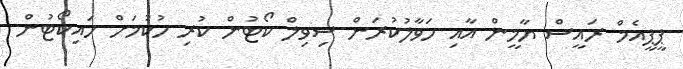
ޕީޕީއެމް ރައީސް ޔާމީން އާއި ހަވާލުކުރަން ސިވިލް ކޯޓުން ކުރި ހުކުމަށް ހައިކޯޓުން